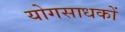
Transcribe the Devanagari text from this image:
योगसाधकों